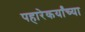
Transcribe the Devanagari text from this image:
पहारेकर्यांच्या